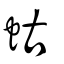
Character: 蛄